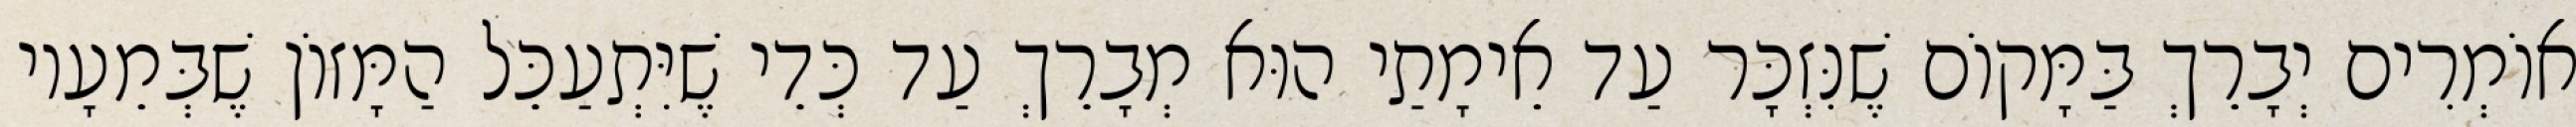
אוֹמְרִים יְבָרֵךְ בַּמָּקוֹם שֶׁנִּזְכָּר עַד אֵימָתַי הוּא מְבָרֵךְ עַד כְּדֵי שֶׁיִּתְעַכֵּל הַמָּזוֹן שֶׁבְּמֵעָיו